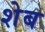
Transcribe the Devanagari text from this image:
शेब